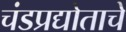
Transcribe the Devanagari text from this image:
चंडप्रद्योताचे